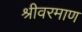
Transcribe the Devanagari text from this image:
श्रीवरमाण